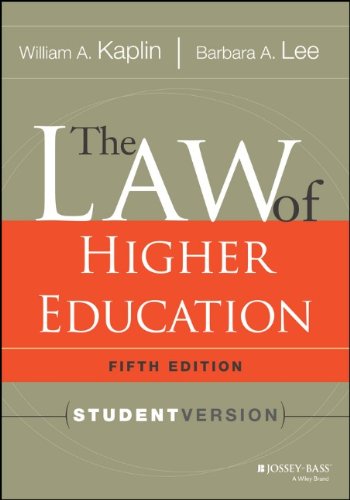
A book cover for The Law of Higher Education, 5th Edition: Student Version; William A. Kaplin; Education & Teaching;